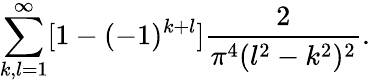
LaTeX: \sum_{k,l=1}^{\infty}[1-(-1)^{k+l}]\frac{2}{\pi^{4}(l^{2}-k^{2})^{2}}.